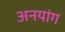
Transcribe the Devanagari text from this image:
अनयांग